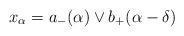
LaTeX: \begin{align*}x_\alpha=a_-(\alpha)\vee b_+(\alpha-\delta)\end{align*}